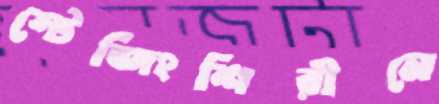
স্টেজিংশিরীনে